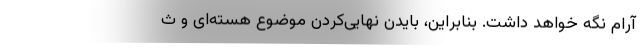
آرام نگه خواهد داشت. بنابراین، بایدن نهایی‌کردن موضوع هسته‌ای و ث